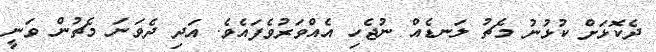
ދެކޮޅަށް ކުޅުނު މެޗު ލަނޑެއް ނުޖެހި އެއްވަރުވެފައެވެ. އަދި ދެވަނަ މެޗުން ވަނީ